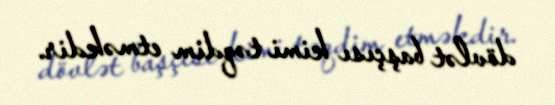
dövlət başçısı kimi təqdim etməkdir.